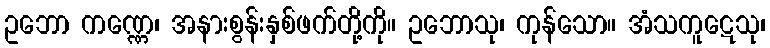
ဥဘော ကဏ္ဏေ၊ အနားစွန်းနှစ်ဖက်တို့ကို။ ဥဘောသု၊ ကုန်သော။ အံသကူဋေသု၊